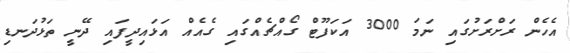
އެހެން ރަށްރަށުގައި ނަމަ 3000 އަކަފޫޓް ގޯއްޗެއްގައި ގެއެއް އަޅައިދީފައި ދޭނީ ތަޅުދަނޑި